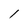
Character: l